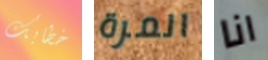
خطابك المرة انا